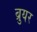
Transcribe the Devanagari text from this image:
ब्रुयर